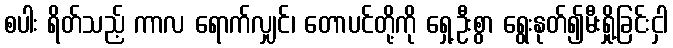
စပါး ရိတ်သည့် ကာလ ရောက်လျှင်၊ တောပင်တို့ကို ရှေ့ဦးစွာ ရွေးနုတ်၍မီးရှို့ခြင်းငှါ